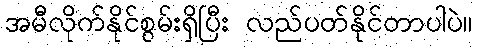
အမီလိုက်နိုင်စွမ်းရှိပြီး လည်ပတ်နိုင်တာပါပဲ။